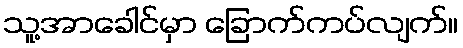
သူ့အာခေါင်မှာ ခြောက်ကပ်လျက်။